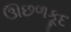
ઊછળકૂદ